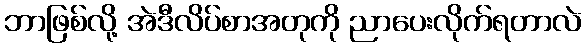
ဘာဖြစ်လို့ အဲဒီလိပ်စာအတုကို ညာပေးလိုက်ရတာလဲ